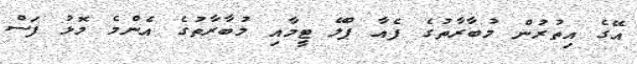
އޭގެ އިތުރުން މުބާރާތުގެ ފެއާ ޕްލޭ ޓީމާއި މުބާރާތުގެ އެންމެ މޮޅު ފަސް